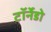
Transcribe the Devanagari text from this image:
टॉर्नेडो